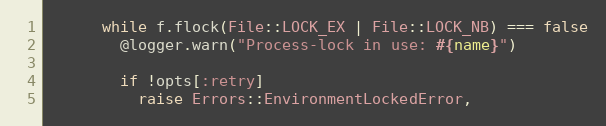
Language: Ruby
      while f.flock(File::LOCK_EX | File::LOCK_NB) === false
        @logger.warn("Process-lock in use: #{name}")

        if !opts[:retry]
          raise Errors::EnvironmentLockedError,